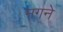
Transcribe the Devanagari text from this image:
मगने